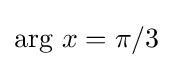
\operatorname {arg} \,x=\pi /3